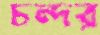
চন্দর